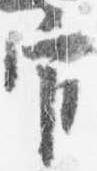
官